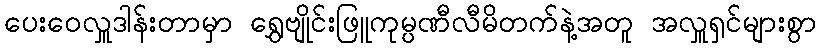
ပေးဝေလှူဒါန်းတာမှာ ရွှေဗျိုင်းဖြူကုမ္ပဏီလီမိတက်နဲ့အတူ အလှူရှင်များစွာ